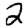
Digit: 2